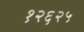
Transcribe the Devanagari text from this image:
१२६२५